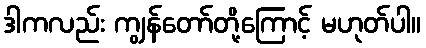
ဒါကလည်း ကျွန်တော်တို့ကြောင့် မဟုတ်ပါ။